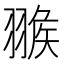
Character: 𦑚